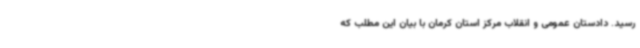
رسید. دادستان عمومی و انقلاب مرکز استان کرمان با بیان این مطلب که